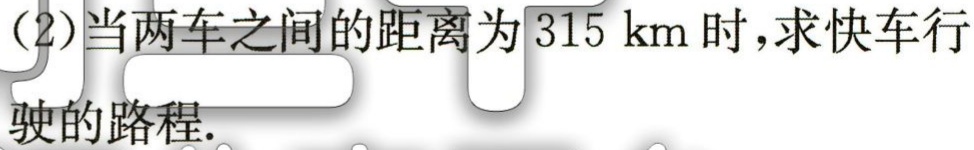
(2)当两车之间的距离为\(315\mathrm{km}\)时，求快车行驶的路程.